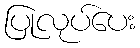
ပြုလုပ်ပေး